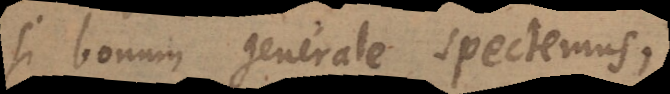
si bonum generale spectemus,